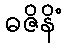
ဓဇိနိံ